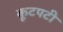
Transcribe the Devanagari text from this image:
कूटपटी